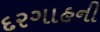
દરગાહની